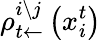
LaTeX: \rho_{t\leftarrow}^{i\setminus j}\left(x_{i}^{t}\right)